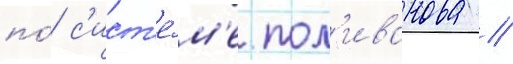
по́ с'ист'е́м'е пол'иванова //